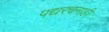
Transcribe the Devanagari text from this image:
पद्यरचनाही